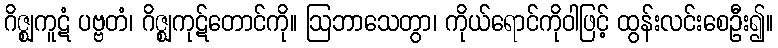
ဂိဇ္ဈကူဋံ ပဗ္ဗတံ၊ ဂိဇ္ဈကုဋ်တောင်ကို။ ဩဘာသေတွာ၊ ကိုယ်ရောင်ကိုဝါဖြင့် ထွန်းလင်းစေဦး၍။